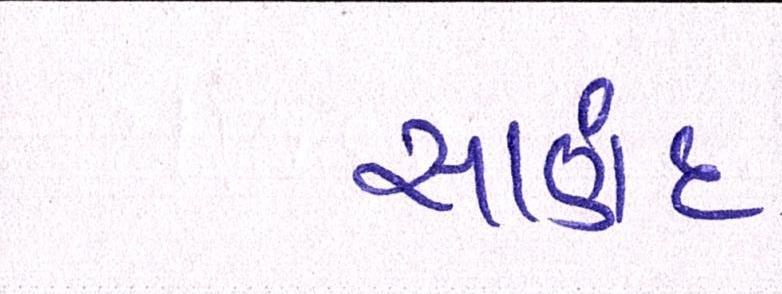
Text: સાણંદ